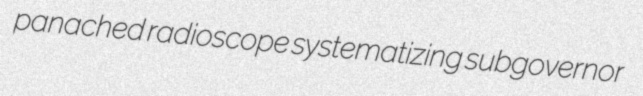
panached radioscope systematizing subgovernor